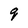
Character: q